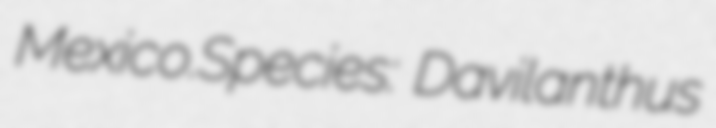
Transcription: Mexico.Species: Davilanthus